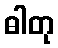
ဓါတု